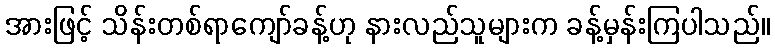
အားဖြင့် သိန်းတစ်ရာကျော်ခန့်ဟု နားလည်သူများက ခန့်မှန်းကြပါသည်။